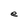
Character: e